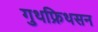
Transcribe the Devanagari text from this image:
गुथफ्रिथसन